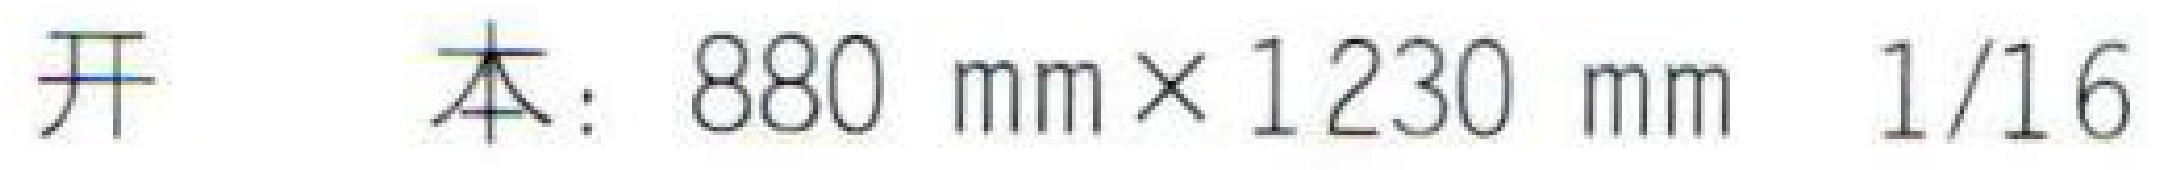
开 本：$880\ \mathrm{mm} \times 1230\ \mathrm{mm} \ 1/16$